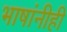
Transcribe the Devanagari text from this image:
भाषांनीही